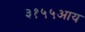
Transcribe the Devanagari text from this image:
३१५५आय